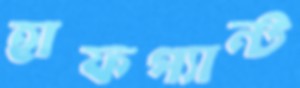
হাফপ্যান্ট